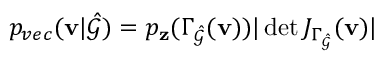
p _ { v e c } ( \mathbf { v } | \hat { \mathcal { G } } ) = p _ { \mathbf { z } } ( \Gamma _ { \hat { \mathcal { G } } } ( \mathbf { v } ) ) | \operatorname* { d e t } J _ { \Gamma _ { \hat { \mathcal { G } } } } ( \mathbf { v } ) |